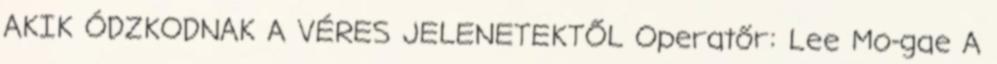
AKIK ÓDZKODNAK A VÉRES JELENETEKTŐL Operatőr: Lee Mo-gae A